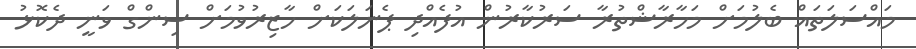
މައްސަލަތައް ބެލުމަށް މަހާރާޝްތުރާ ސަރުކާރުން އުފެއްދި ޕެނަލަކަށް ހާޒިރުވުމަށް ސިންގް ވަނީ ދެކޮޅު